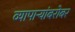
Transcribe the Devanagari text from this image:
व्यापार्‍यांबरोबर